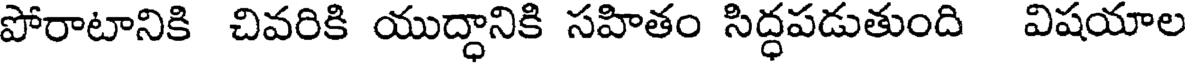
పోరాటానికి చివరికి యుద్ధానికి సహితం సిద్ధపడుతుంది విషయాల